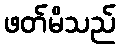
ဖတ်မိသည်